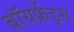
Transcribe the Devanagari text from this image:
बॉयफ्रेंड्स